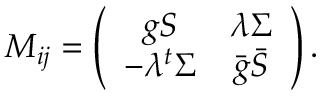
M _ { i j } = \left( \begin{array} { c c } { { g S } } & { { \lambda \Sigma } } \\ { { - \lambda { } ^ { t } \Sigma } } & { { \bar { g } \bar { S } } } \end{array} \right) .